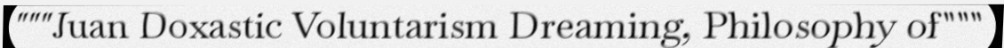
"""Juan Doxastic Voluntarism Dreaming, Philosophy of"""